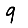
Digit: 9